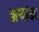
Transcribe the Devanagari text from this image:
झर्‍यांचा